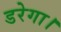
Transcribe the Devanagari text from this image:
डरेगा।